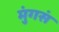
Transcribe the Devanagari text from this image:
मुंगसं